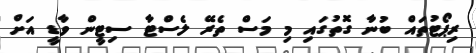
ރިޕޯޓުތައް ބުނާ ގޮތުގައި މި މަސް ތެރޭ ލެސްޓާ ސިޓީން ވާޑީ އަށް